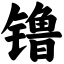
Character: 镥